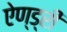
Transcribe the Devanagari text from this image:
ऐण्ड्री